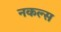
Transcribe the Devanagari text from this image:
नकल्स